Insane asylums Bombay 1873-77 - 1873-1877
Year: 1873
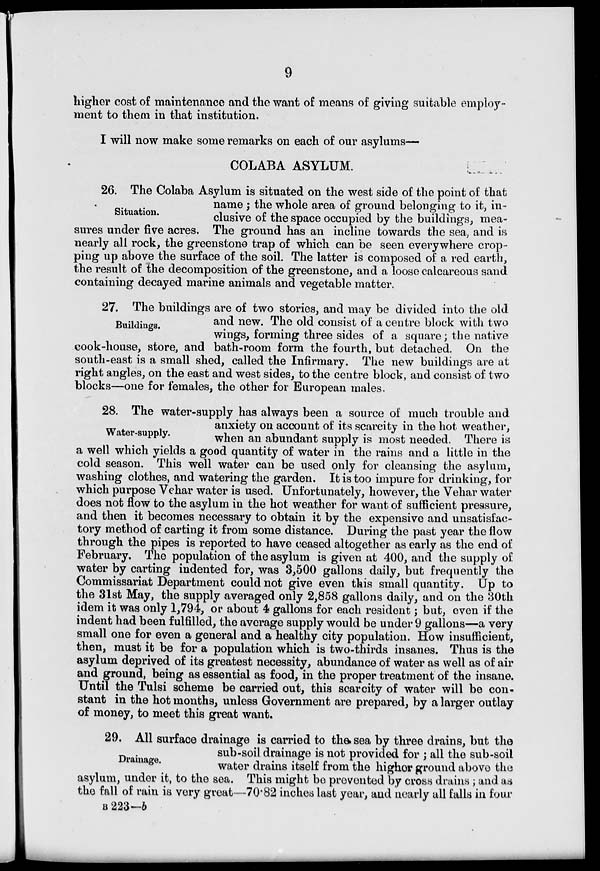
9
higher cost of maintenance and the want of means of giving suitable employ-
ment to them in that institution.
I will now make some remarks on each of our asylums—
COLABA ASYLUM.
Situation.
26. The Colaba Asylum is situated on the west side of the point of that
name ; the whole area of ground belonging to it, in-
clusive of the space occupied by the buildings, mea-
sures under five acres. The ground has an incline towards the sea, and is
nearly all rock, the greenstone trap of which can be seen everywhere crop-
ping up above the surface of the soil. The latter is composed of a red earth,
the result of the decomposition of the greenstone, and a loose calcareous sand
containing decayed marine animals and vegetable matter.
Buildings.
27. The buildings are of two stories, and may be divided into the old
and new. The old consist of a centre block with two
wings, forming three sides of a square; the native
cook-house, store, and bath-room form the fourth, but detached. On the
south-east is a small shed, called the Infirmary. The new buildings are at
right angles, on the east and west sides, to the centre block, and consist of two
blocks—one for females, the other for European males.
Water-supply.
28. The water-supply has always been a source of much trouble and
anxiety on account of its scarcity in the hot weather,
when an abundant supply is most needed. There is
a well which yields a good quantity of water in the rains and a little in the
cold season. This well water can be used only for cleansing the asylum,
washing clothes, and watering the garden. It is too impure for drinking, for
which purpose Vehar water is used. Unfortunately, however, the Vehar water
does not flow to the asylum in the hot weather for want of sufficient pressure,
and then it becomes necessary to obtain it by the expensive and unsatisfac-
tory method of carting it from some distance. During the past year the flow
through the pipes is reported to have ceased altogether as early as the end of
February. The population of the asylum is given at 400, and the supply of
water by carting indented for, was 3,500 gallons daily, but frequently the
Commissariat Department could not give even this small quantity. Up to
the 31st May, the supply averaged only 2,858 gallons daily, and on the 30th
idem it was only 1,794, or about 4 gallons for each resident; but, even if the
indent had been fulfilled, the average supply would be under 9 gallons—a very
small one for even a general and a healthy city population. How insufficient,
then, must it be for a population which is two-thirds insanes. Thus is the
asylum deprived of its greatest necessity, abundance of water as well as of air
and ground, being as essential as food, in the proper treatment of the insane.
Until the Tulsi scheme be carried out, this scarcity of water will be con-
stant in the hot months, unless Government are prepared, by a larger outlay
of money, to meet this great want.
Drainage.
29. All surface drainage is carried to the sea by three drains, but the
sub-soil drainage is not provided for ; all the sub-soil
water drains itself from the higher ground above the
asylum, under it, to the sea. This might be prevented by cross drains ; and as
the fall of rain is very great—70.82 inches last year, and nearly all falls in four
B 223—b